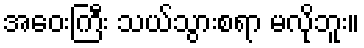
အဝေးကြီး သယ်သွားစရာ မလိုဘူး။